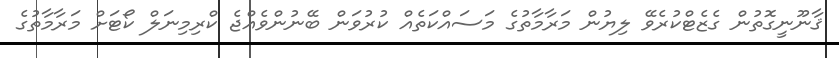
ޤާނޫނީގޮތުން ގެޒެޓްކުރެވޭ ލިޔުން މަރާމާތުގެ މަސައްކަތެއް ކުރުވަން ބޭނުންވެއްޖެ ކްރިމިނަލް ކޯޓަށް މަރާމާތުގެ